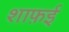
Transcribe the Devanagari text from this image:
शाफ़ई